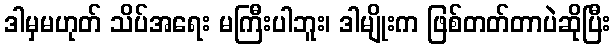
ဒါမှမဟုတ် သိပ်အရေး မကြီးပါဘူး၊ ဒါမျိုးက ဖြစ်တတ်တာပဲဆိုပြီး